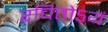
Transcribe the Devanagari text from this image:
रचितोऽयं